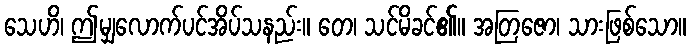
သေဟိ၊ ဤမျှလောက်ပင်အိပ်သနည်း။ တေ၊ သင်မိခင်၏။ အတြဇော၊ သားဖြစ်သော။